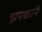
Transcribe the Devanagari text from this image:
झपकाने